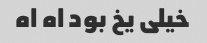
خیلی یخ بود اه اه